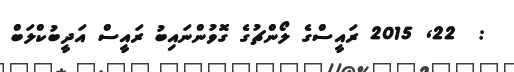
:  22